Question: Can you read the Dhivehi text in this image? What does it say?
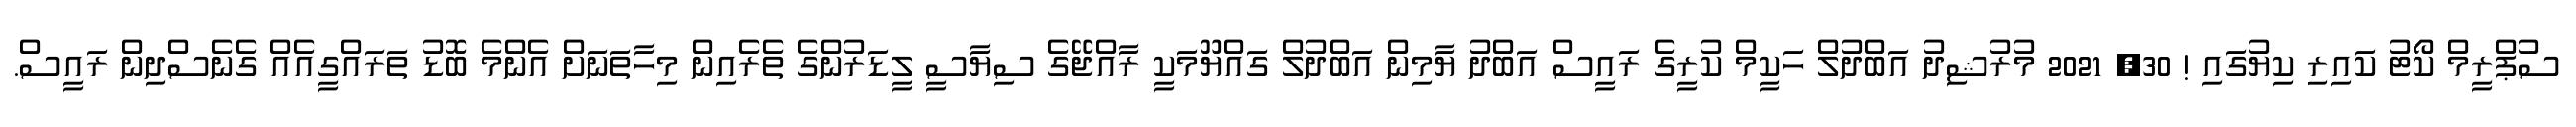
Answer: ސުޕްރީމް ކޯޓު ކައިރި ކިޔުގައި ! 30, 2021 މުރުޝިދު އަބްދުލް ހަކީމް ކުރީގެ ރައީސް އަބްދު ޔާމިން އަބްދުލް ގައްޔޫމަކީ ރާއްޖޭގެ ސިޔާސީ ލީޑަރުންގެ ތެރެއިން މިހާތަނަށް އެންމެ ބޮޑު ތަރައްގީއެއް ގެނެސްދިން ރައީސް.